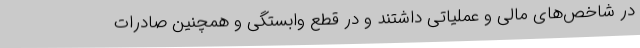
در شاخص‌های مالی و عملیاتی داشتند و در قطع وابستگی و همچنین صادرات